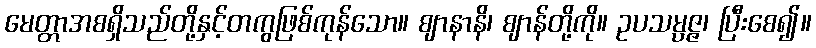
မေတ္တာအစရှိသည်တို့နှင့်တကွဖြစ်ကုန်သော။ ဈာနာနိ၊ ဈာန်တို့ကို။ ဥပသမ္ပဇ္ဇ၊ ပြီးစေ၍။